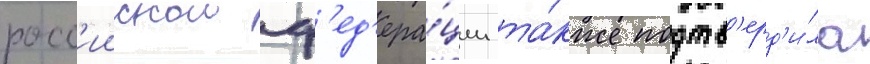
росс'иискои ф'ед'ера́ции та́кже подтв'ерд'и́ла